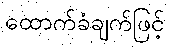
ထောက်ခံချက်ဖြင့်